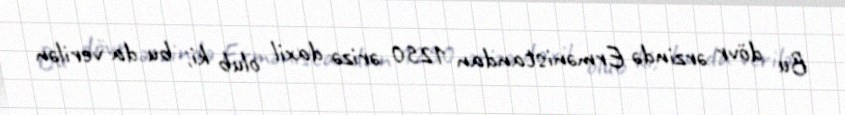
Bu dövr ərzində Ermənistandan 1250 ərizə daxil olub ki, bu da verilən